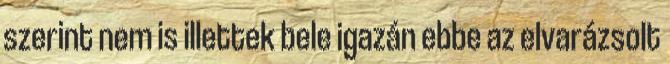
szerint nem is illettek bele igazán ebbe az elvarázsolt